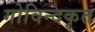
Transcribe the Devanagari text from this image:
गोविन्दकृत